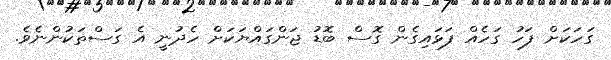
ގަހަކަަށް ފަހު ގަހެއް ފަޅައިގެން ގޮސް ބޮޑު ޖަންގައްޔަކަށް ހެދުނީ އެ ގަސްތަކުންނެވެ.